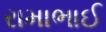
રામાભાઈ